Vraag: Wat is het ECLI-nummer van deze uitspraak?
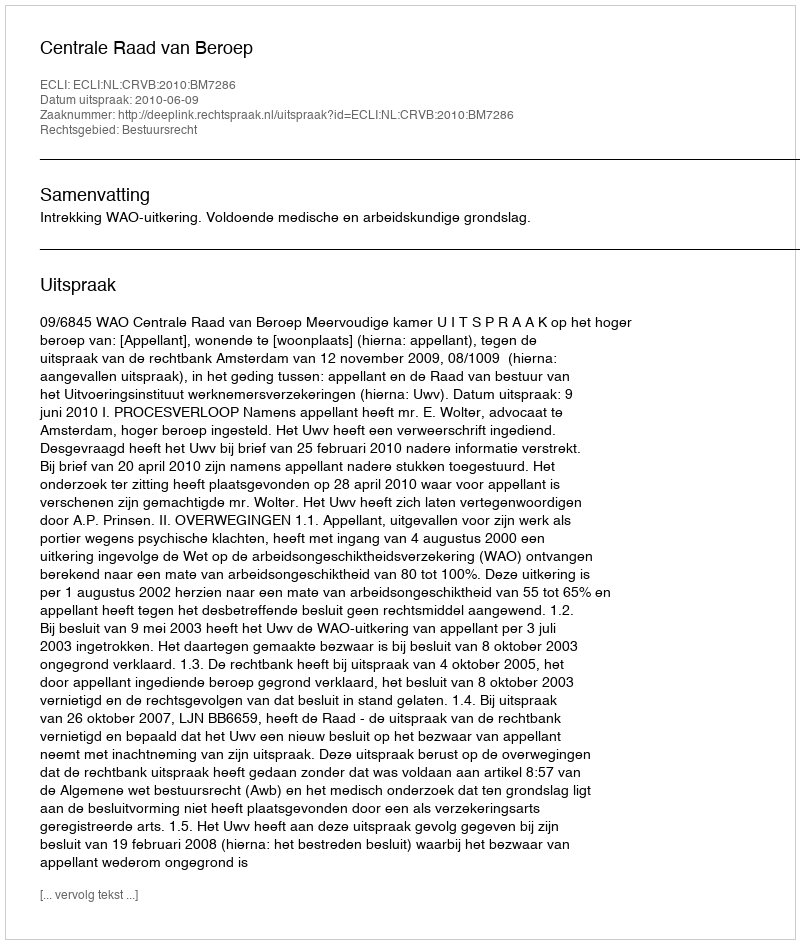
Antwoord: ECLI:NL:CRVB:2010:BM7286